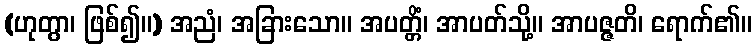
(ဟုတွာ၊ ဖြစ်၍။) အညံ၊ အခြားသော။ အပတ္တိံ၊ အာပတ်သို့။ အာပဇ္ဇတိ၊ ရောက်၏။